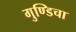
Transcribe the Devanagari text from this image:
गुण्डिचा